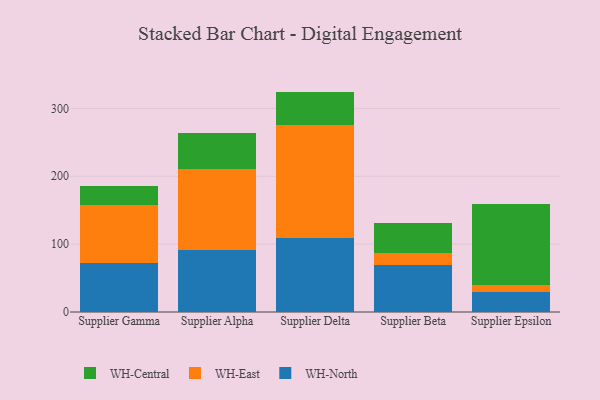
{"axis": {"x": "Supplier", "y": "Budget (USD K)"}, "legend": ["WH-Central", "WH-East", "WH-North"], "data": [{"x": "Supplier Gamma", "y": 71.7, "type": "WH-North"}, {"x": "Supplier Gamma", "y": 85.3, "type": "WH-East"}, {"x": "Supplier Gamma", "y": 28.3, "type": "WH-Central"}, {"x": "Supplier Alpha", "y": 91.5, "type": "WH-North"}, {"x": "Supplier Alpha", "y": 119.7, "type": "WH-East"}, {"x": "Supplier Alpha", "y": 53.1, "type": "WH-Central"}, {"x": "Supplier Delta", "y": 108.8, "type": "WH-North"}, {"x": "Supplier Delta", "y": 166.4, "type": "WH-East"}, {"x": "Supplier Delta", "y": 49.6, "type": "WH-Central"}, {"x": "Supplier Beta", "y": 69.7, "type": "WH-North"}, {"x": "Supplier Beta", "y": 17.4, "type": "WH-East"}, {"x": "Supplier Beta", "y": 44.5, "type": "WH-Central"}, {"x": "Supplier Epsilon", "y": 28.9, "type": "WH-North"}, {"x": "Supplier Epsilon", "y": 10.2, "type": "WH-East"}, {"x": "Supplier Epsilon", "y": 120.5, "type": "WH-Central"}]}